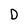
Character: D